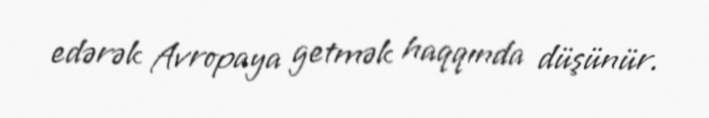
edərək Avropaya getmək haqqında düşünür.